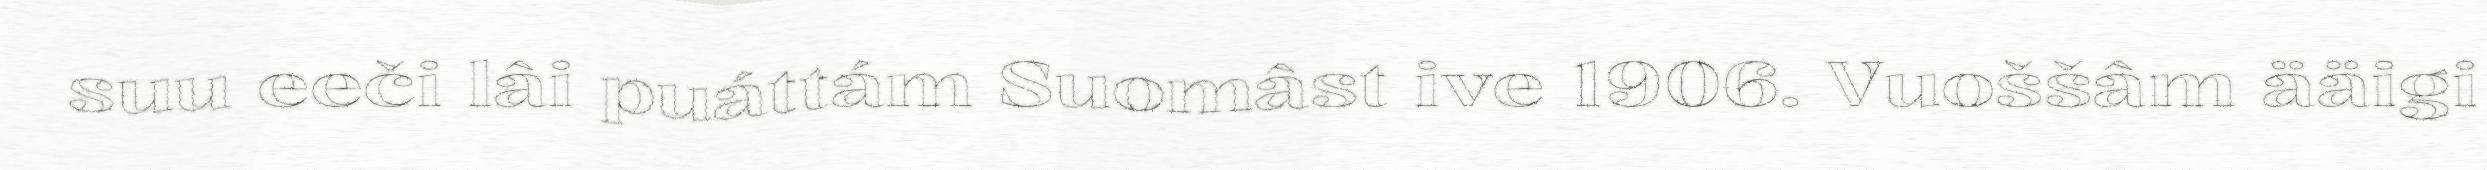
suu eeči lâi puáttám Suomâst ive 1906. Vuoššâm ääigi